Indian journal of veterinary science and animal husbandry - Volume 11,
Year: 1941
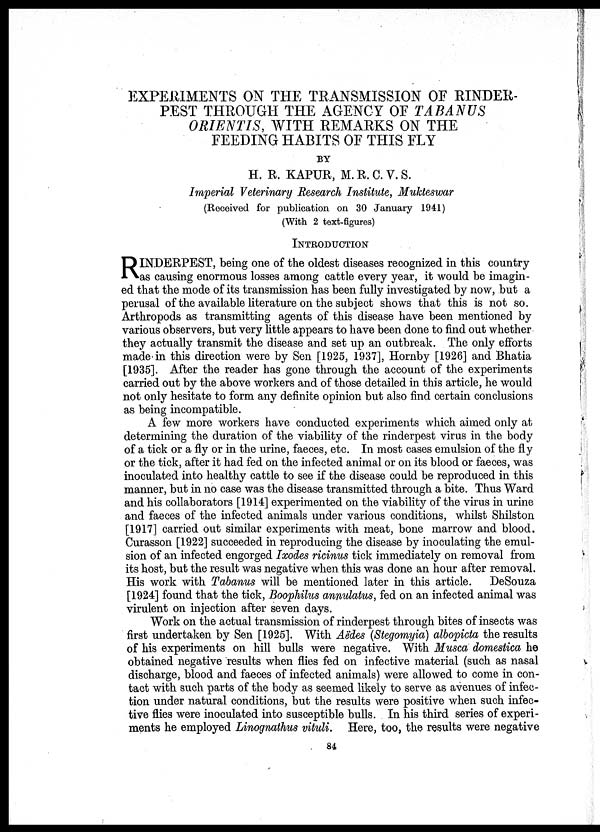
EXPERIMENTS ON THE TRANSMISSION OF RINDER-
PEST THROUGH THE AGENCY OF TABANUS
ORIENTIS, WITH REMARKS ON THE
FEEDING HABITS OF THIS FLY
BY
H. R. KAPUR, M. R. C. V. S.
Imperial Veterinary Research Institute, Mukteswar
(Received for publication on 30 January 1941)
(With 2 text-figures)
INTRODUCTION
R INDERPEST, being one of the oldest diseases recognized in this country
as causing enormous losses among cattle every year, it would be imagin-
ed that the mode of its transmission has been fully investigated by now, but a
perusal of the available literature on the subject shows that this is not so.
Arthropods as transmitting agents of this disease have been mentioned by
various observers, but very little appears to have been done to find out whether
they actually transmit the disease and set up an outbreak. The only efforts
made in this direction were by Sen [1925, 1937], Hornby [1926] and Bhatia
[1935]. After the reader has gone through the account of the experiments
carried out by the above workers and of those detailed in this article, he would
not only hesitate to form any definite opinion but also find certain conclusions
as being incompatible.
A few more workers have conducted experiments which aimed only at
determining the duration of the viability of the rinderpest virus in the body
of a tick or a fly or in the urine, faeces, etc. In most cases emulsion of the fly
or the tick, after it had fed on the infected animal or on its blood or faeces, was
inoculated into healthy cattle to see if the disease could be reproduced in this
manner, but in no case was the disease transmitted through a bite. Thus Ward
and his collaborators [1914] experimented on the viability of the virus in urine
and faeces of the infected animals under various conditions, whilst Shilston
[1917] carried out similar experiments with meat, bone marrow and blood.
Curasson [1922] succeeded in reproducing the disease by inoculating the emul-
sion of an infected engorged Ixodes ricinus tick immediately on removal from
its host, but the result was negative when this was done an hour after removal.
His work with Tabanus will be mentioned later in this article. DeSouza
[1924] found that the tick, Boophilus annulatus, fed on an infected animal was
virulent on injection after seven days.
Work on the actual transmission of rinderpest through bites of insects was
first undertaken by Sen [1925]. With Aëdes (Stegomyia) albopicta the results
of his experiments on hill bulls were negative. With Musca domestica he
obtained negative results when flies fed on infective material (such as nasal
discharge, blood and faeces of infected animals) were allowed to come in con-
tact with such parts of the body as seemed likely to serve as avenues of infec-
tion under natural conditions, but the results were positive when such infec-
tive flies were inoculated into susceptible bulls. In his third series of experi-
ments he employed Linognathus vituli. Here, too, the results were negative
84